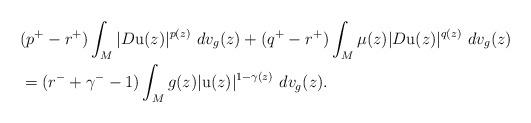
LaTeX: \begin{align*}&( p^{+} - r^{+} ) \int_{M} | D \mathrm{u} ( z ) |^{p( z )} \,\, dv_{g} ( z ) + ( q^{+} - r^{+} ) \int_{M} \mu ( z ) | D \mathrm{u} ( z ) |^{q( z )} \,\, dv_{g} ( z ) \\& = ( r^{-} + \gamma^{-} - 1) \int_{M} g( z ) | \mathrm{u} ( z ) |^{1 - \gamma ( z )} \,\,dv_{g} ( z ).\end{align*}